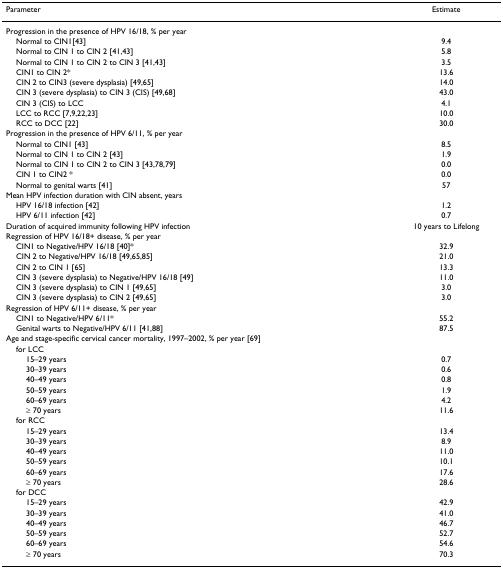
<table><thead><tr><td><b>Parameter</b></td><td><b>Estimate</b></td></tr></thead><tbody><tr><td>Progression in the presence of HPV 16/18, % per year</td><td></td></tr><tr><td> Normal to CIN1[43]</td><td>9.4</td></tr><tr><td> Normal to CIN 1 to CIN 2 [41,43]</td><td>5.8</td></tr><tr><td> Normal to CIN 1 to CIN 2 to CIN 3 [41,43]</td><td>3.5</td></tr><tr><td> CIN1 to CIN 2*</td><td>13.6</td></tr><tr><td> CIN 2 to CIN3 (severe dysplasia) [49,65]</td><td>14.0</td></tr><tr><td> CIN 3 (severe dysplasia) to CIN 3 (CIS) [49,68]</td><td>43.0</td></tr><tr><td> CIN 3 (CIS) to LCC</td><td>4.1</td></tr><tr><td> LCC to RCC [7,9,22,23]</td><td>10.0</td></tr><tr><td> RCC to DCC [22]</td><td>30.0</td></tr><tr><td>Progression in the presence of HPV 6/11, % per year</td><td></td></tr><tr><td> Normal to CIN1 [43]</td><td>8.5</td></tr><tr><td> Normal to CIN 1 to CIN 2 [43]</td><td>1.9</td></tr><tr><td> Normal to CIN 1 to CIN 2 to CIN 3 [43,78,79]</td><td>0.0</td></tr><tr><td> CIN 1 to CIN2 *</td><td>0.0</td></tr><tr><td> Normal to genital warts [41]</td><td>57</td></tr><tr><td>Mean HPV infection duration with CIN absent, years</td><td></td></tr><tr><td> HPV 16/18 infection [42]</td><td>1.2</td></tr><tr><td> HPV 6/11 infection [42]</td><td>0.7</td></tr><tr><td>Duration of acquired immunity following HPV infection</td><td>10 years to Lifelong</td></tr><tr><td>Regression of HPV 16/18+ disease, % per year</td><td></td></tr><tr><td> CIN1 to Negative/HPV 16/18 [40]*</td><td>32.9</td></tr><tr><td> CIN 2 to Negative/HPV 16/18 [49,65,85]</td><td>21.0</td></tr><tr><td> CIN 2 to CIN 1 [65]</td><td>13.3</td></tr><tr><td> CIN 3 (severe dysplasia) to Negative/HPV 16/18 [49]</td><td>11.0</td></tr><tr><td> CIN 3 (severe dysplasia) to CIN 1 [49,65]</td><td>3.0</td></tr><tr><td> CIN 3 (severe dysplasia) to CIN 2 [49,65]</td><td>3.0</td></tr><tr><td>Regression of HPV 6/11+ disease, % per year</td><td></td></tr><tr><td> CIN1 to Negative/HPV 6/11*</td><td>55.2</td></tr><tr><td> Genital warts to Negative/HPV 6/11 [41,88]</td><td>87.5</td></tr><tr><td>Age and stage-specific cervical cancer mortality, 1997–2002, % per year [69]</td><td></td></tr><tr><td> for LCC</td><td></td></tr><tr><td>15–29 years</td><td>0.7</td></tr><tr><td>30–39 years</td><td>0.6</td></tr><tr><td>40–49 years</td><td>0.8</td></tr><tr><td>50–59 years</td><td>1.9</td></tr><tr><td>60–69 years</td><td>4.2</td></tr><tr><td>≥ 70 years</td><td>11.6</td></tr><tr><td> for RCC</td><td></td></tr><tr><td>15–29 years</td><td>13.4</td></tr><tr><td>30–39 years</td><td>8.9</td></tr><tr><td>40–49 years</td><td>11.0</td></tr><tr><td>50–59 years</td><td>10.1</td></tr><tr><td>60–69 years</td><td>17.6</td></tr><tr><td>≥ 70 years</td><td>28.6</td></tr><tr><td> for DCC</td><td></td></tr><tr><td>15–29 years</td><td>42.9</td></tr><tr><td>30–39 years</td><td>41.0</td></tr><tr><td>40–49 years</td><td>46.7</td></tr><tr><td>50–59 years</td><td>52.7</td></tr><tr><td>60–69 years</td><td>54.6</td></tr><tr><td>≥ 70 years</td><td>70.3</td></tr></tbody></table>